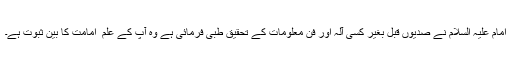
امام علیہ السلام نے صدیوں قبل بغیر کسی آلہ اور فن معلومات کے تحقیق طِبی فرمائی ہے وہ آپ کے علم ِ امامت کا بَیّن ثبوت ہے۔